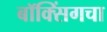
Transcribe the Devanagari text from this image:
बॉक्सिंगचा